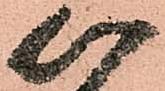
以